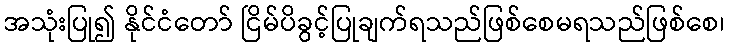
အသုံးပြု၍ နိုင်ငံတော် ငြိမ်ပိခွင့်ပြုချက်ရသည်ဖြစ်စေမရသည်ဖြစ်စေ၊